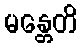
မန္တေတိ